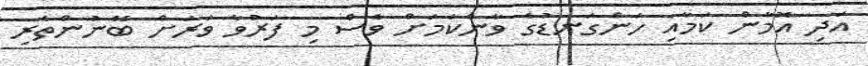
އަދި އޮމާން ކަމާއި ހަންގަނޑުގެ ވާންކަމަށް ވެސް މި ފަރުވާ ވަރަށް ބޭނުންތެރި